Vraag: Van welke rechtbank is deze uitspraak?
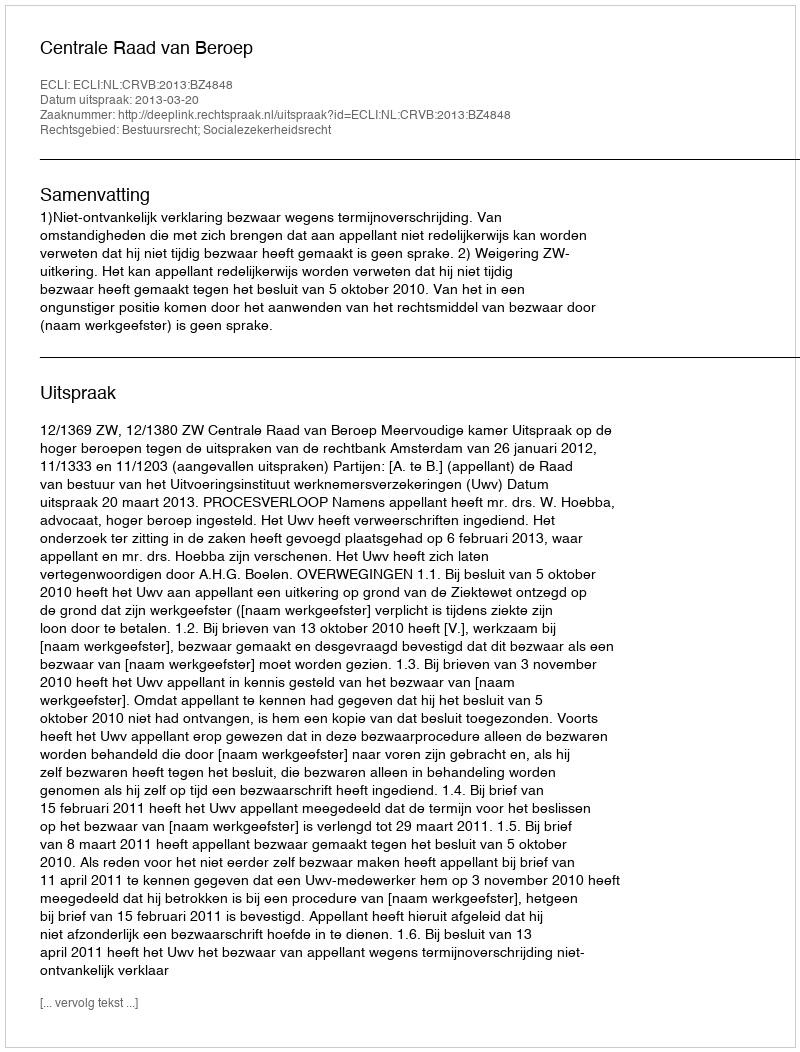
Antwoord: Centrale Raad van Beroep